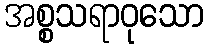
အစ္စသရာဝုသော